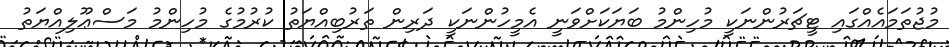
މުޖުތަމައެއްގައި ޓީޗަރުންނަކީ މުހިންމު ބަޔަކަށްވަނީ އެމީހުންނަކީ ދަރިން ތަރުބިއްޔަތު ކުރުމުގެ މުހިންމު މަސްޢޫލިއްޔަތު